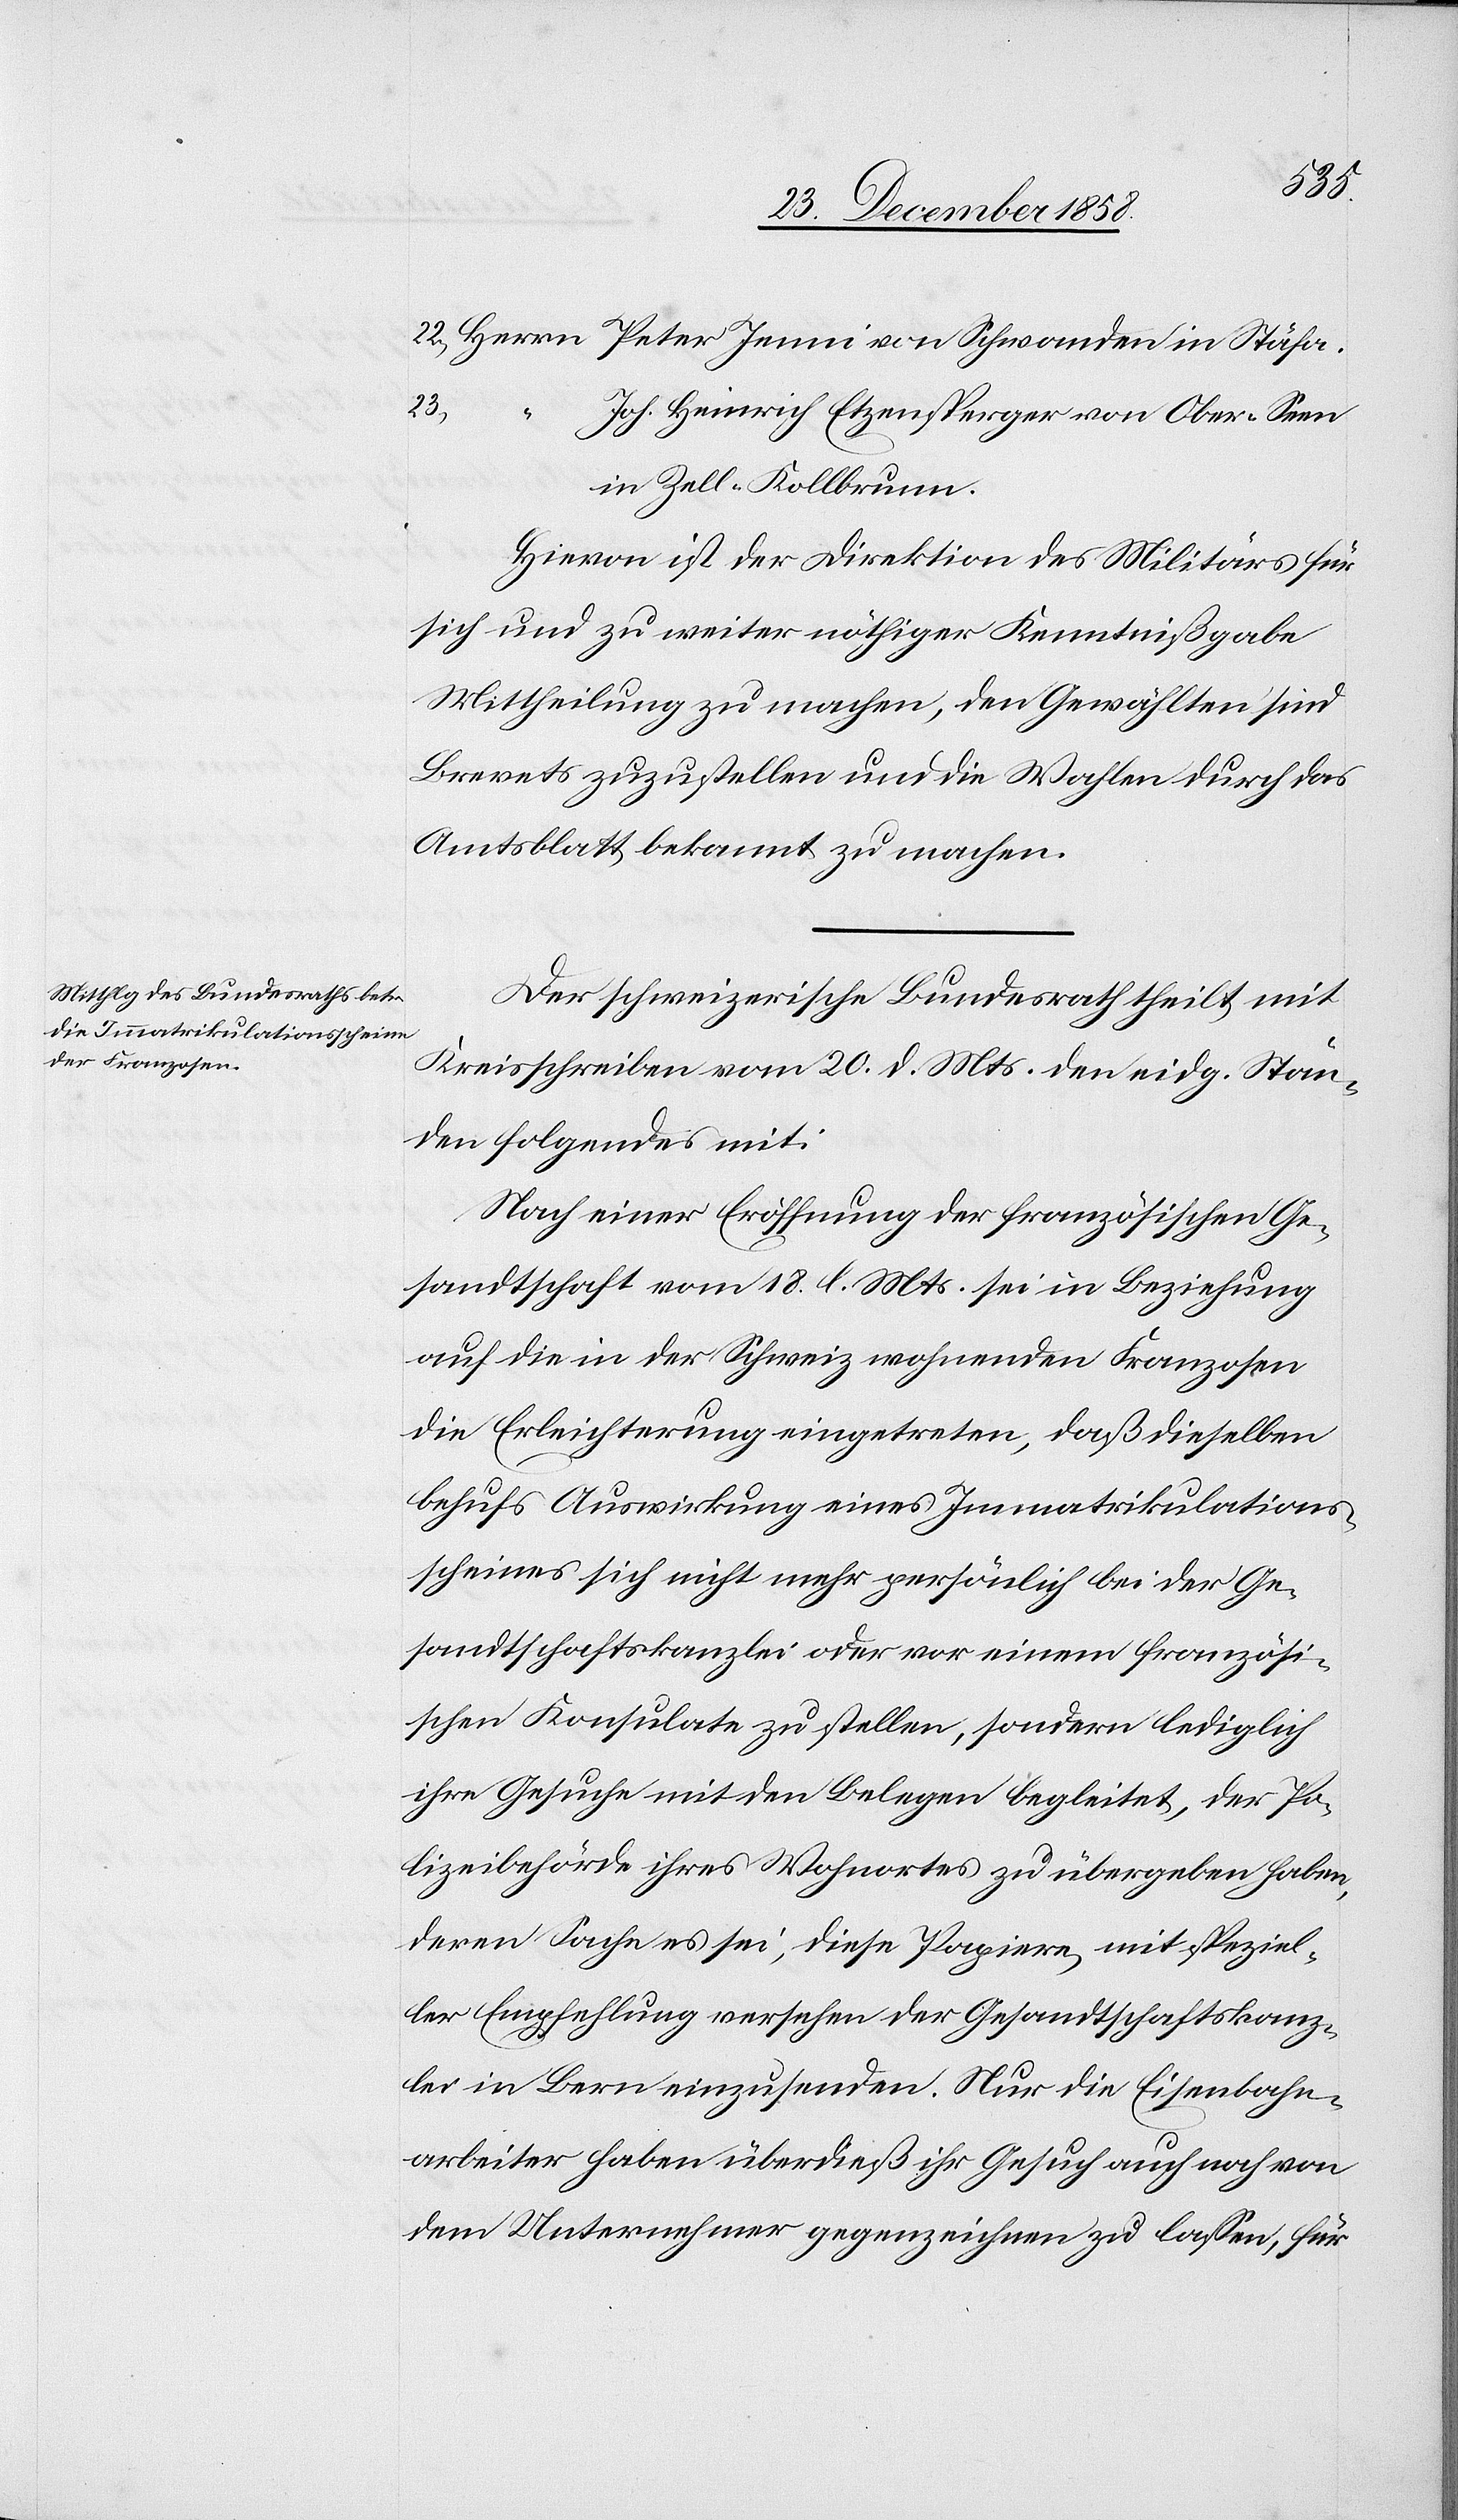
22.)
23.)
“
Stäfa.
Joh. Heinrich Etzensperger von Ober-Seen
in Zell - Kollbrunn.
Hievon ist der Direktion des Militärs für
sich und zu weiter nöthiger Kenntnißgabe
Mittheilung zu machen, den Gewählten sind
Brevets zuzustellen und die Wahlen durch das
Amtsblatt bekannt zu machen.
Der schweizerische Bundesrath theilt mit
Kreisschreiben vom 20. d. Mts. den eidg. Stän¬
den folgendes mit:
Nach einer Eröffnung der französischen Ge¬
sandtschaft vom 18. l. Mts. sei in Beziehung
auf die in der Schweiz wohnenden Franzosen
die Erleichterung eingetreten, daß dieselben
behufs Auswirkung eines Immatrikulations¬
scheines sich nicht mehr persönlich bei der Ge¬
sandtschaftskanzlei oder vor einem französi¬
schen Konsulate zu stellen, sondern lediglich
ihre Gesuche mit den Belegen begleitet, der Po¬
lizeibehörde ihres Wohnortes zu übergeben haben,
deren Sache es sei, diese Papiere, mit speziel¬
ler Empfehlung versehen der Gesandtschaftskanz¬
lei in Bern einzusenden. Nur die Eisenbahn¬
arbeiter haben überdieß ihr Gesuch auch noch von
dem Unternehmer gegenzeichnen zu lassen, für